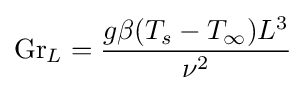
\mathrm {Gr} _{L}={\frac {g\beta (T_{s}-T_{\infty })L^{3}}{\nu ^{2}}}